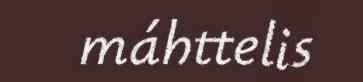
máhttelis